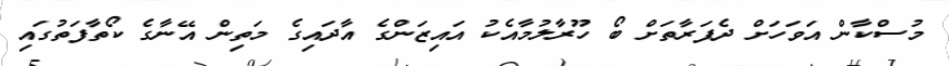
މުސްކާން އަވަހަށް ދެފަރާތަށް ބޯ ހޫރާލުމާއެކު އައިޒަންގެ އާދައިގެ މަތިން އޭނާގެ ކޯތާފަތުގައި